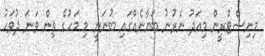
މިނިސްޓްރީން މިއަދު ނެރުނު ބަޔާނެއްގައި ބުނަނީ މި މަހުގެ ތިން ވަނަ ދުވަހު